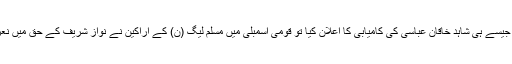
اسپیکر نے جیسے ہی شاہد خاقان عباسی کی کامیابی کا اعلان کیا تو قومی اسمبلی میں مسلم لیگ (ن) کے اراکین نے نواز شریف کے حق میں نعرے لگائے۔